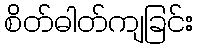
စိတ်ဓါတ်ကျခြင်း